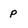
Character: p